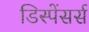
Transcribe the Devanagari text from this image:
डिस्पेंसर्स